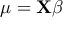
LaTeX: \mu = \mathbf { X } { \boldsymbol { \beta } } \,